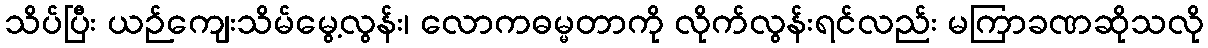
သိပ်ပြီး ယဉ်ကျေးသိမ်မွေ့လွန်း၊ လောကဓမ္မတာကို လိုက်လွန်းရင်လည်း မကြာခဏဆိုသလို